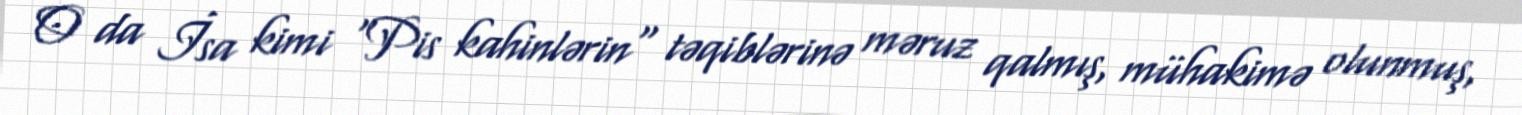
O da İsa kimi "Pis kahinlərin" təqiblərinə məruz qalmış, mühakimə olunmuş,